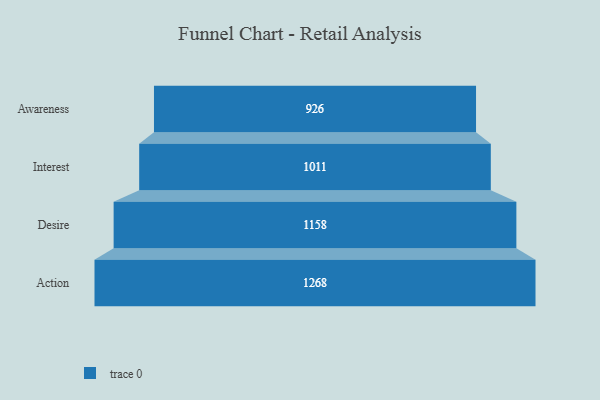
{"axis": {"x": "Stage", "y": "Value"}, "legend": [""], "data": [{"x": "Awareness", "y": 926.0, "type": ""}, {"x": "Interest", "y": 1011.0, "type": ""}, {"x": "Desire", "y": 1158.0, "type": ""}, {"x": "Action", "y": 1268.0, "type": ""}]}